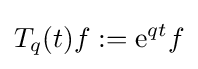
T_{q}(t)f:=\mathrm {e} ^{qt}f